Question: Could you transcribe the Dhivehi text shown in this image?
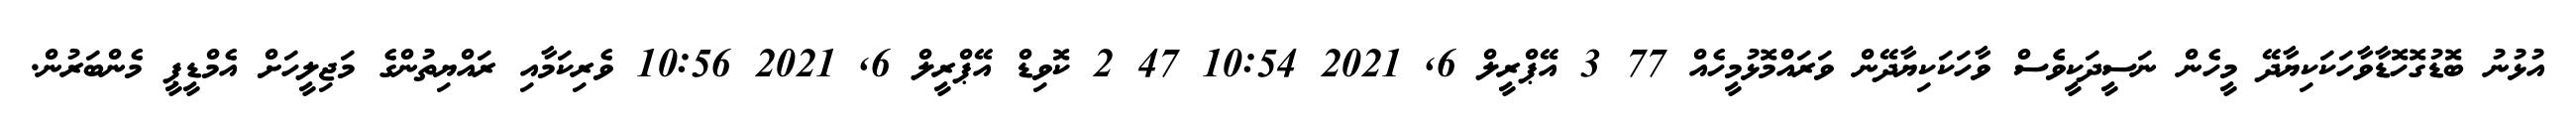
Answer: އުޅުނު ބޮޑުގޮހޮޑާވާހަކަކިޔާދޭ މީހެން ނަސީދަކީވެެސް ވާހަކަކިޔާދޭން ވަރައްމޮޅުމީހެއް 77 3 އޭޕްރީލް 6, 2021 10:54 47 2 ކޮވިޑް އޭޕްރީލް 6, 2021 10:56 ވެރިކަމާއި ރައްޔިތުންގެ މަޖިލީހަށް އެމްޑީޕީ މެންބަރުން.